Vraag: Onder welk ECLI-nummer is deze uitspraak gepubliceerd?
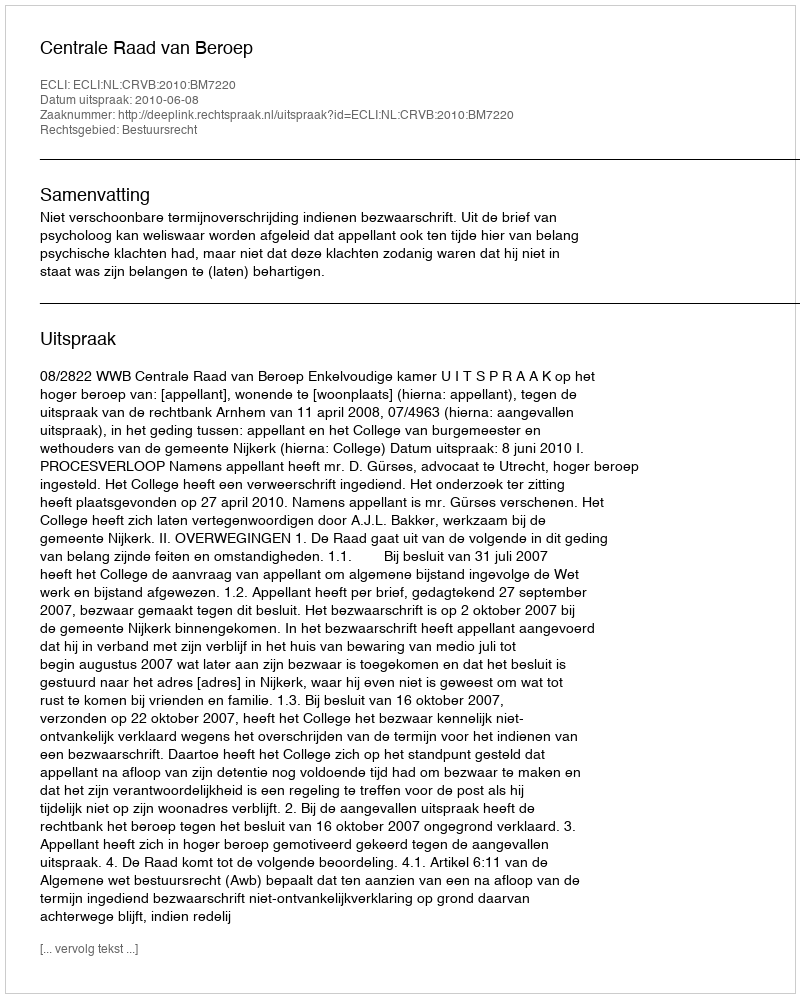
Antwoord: ECLI:NL:CRVB:2010:BM7220